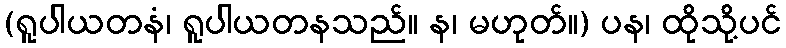
(ရူပါယတနံ၊ ရူပါယတနသည်။ န၊ မဟုတ်။) ပန၊ ထိုသို့ပင်